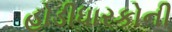
હોડીધારકોની